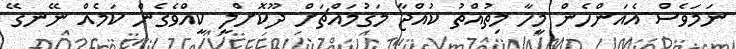
ނަމަވެސް އެއަންހެން މީހާ މިތުއްތު ކުއްޖާ މަގުމައްޗަށް ދޫކޮށްލީ ކީއްވެގެން ކަމެއް ނޭނގޭ